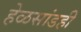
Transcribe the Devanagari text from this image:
हेळसांडही